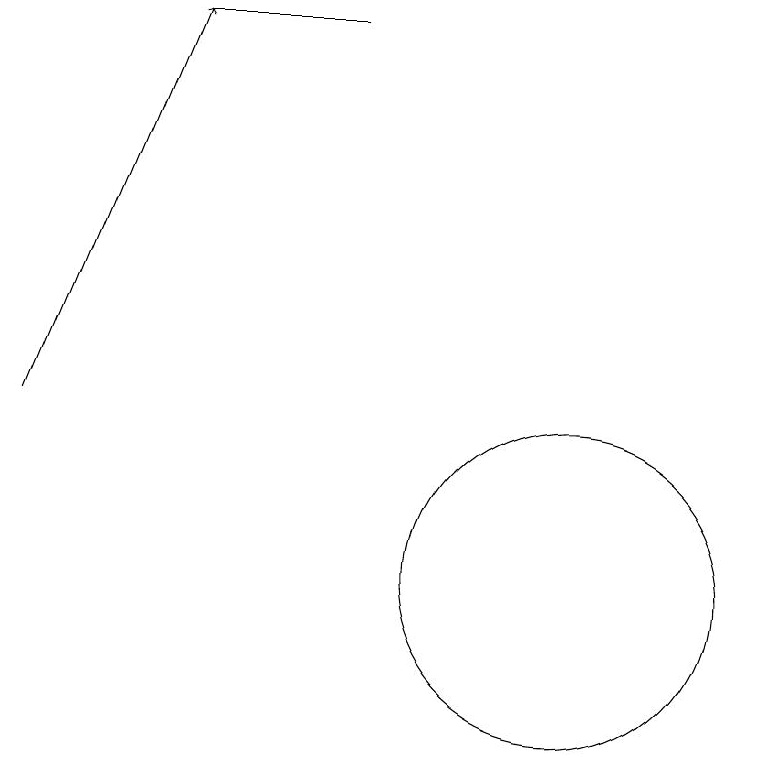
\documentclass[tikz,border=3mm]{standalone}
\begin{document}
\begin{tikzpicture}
\draw (8,17) rectangle (6,17);
\draw (11,10) circle (2);
\draw[->] (4,12) -- (6,17);
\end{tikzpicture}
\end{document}